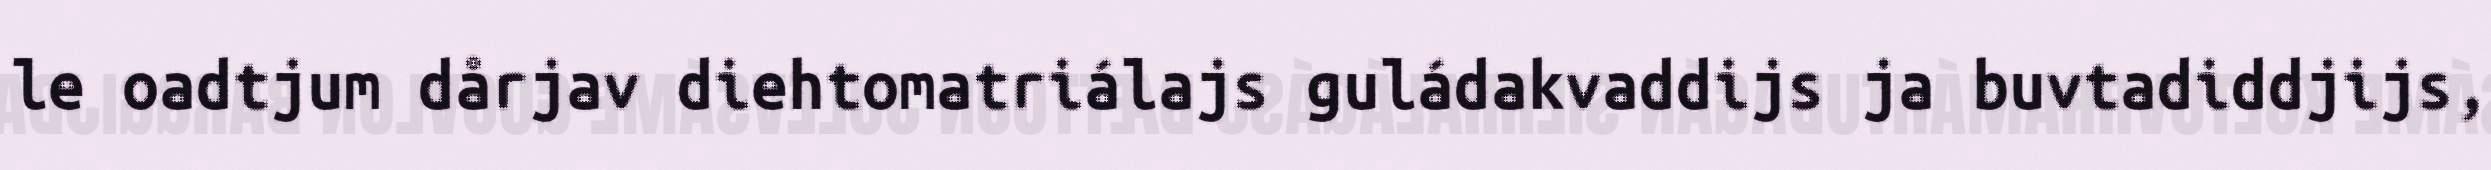
le oadtjum dårjav diehtomatriálajs guládakvaddijs ja buvtadiddjijs,